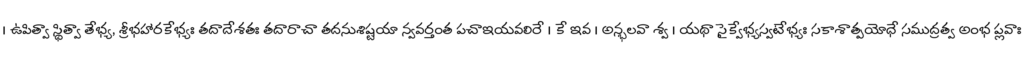
। ఉపిత్వా స్థిత్వా తేభ్య, శ్రీభహారకేభ్యః తదాదేశతః తదారాచా తదనుశిష్టయా న్వవర్తంత పచాఇయవలిరే । కే ఇవ । అన్భలవా శ్వ । యథా సైక్వేభ్యస్వటేభ్యః సకాశాత్పయోధే సముద్రత్వ అంభ ప్లవాః